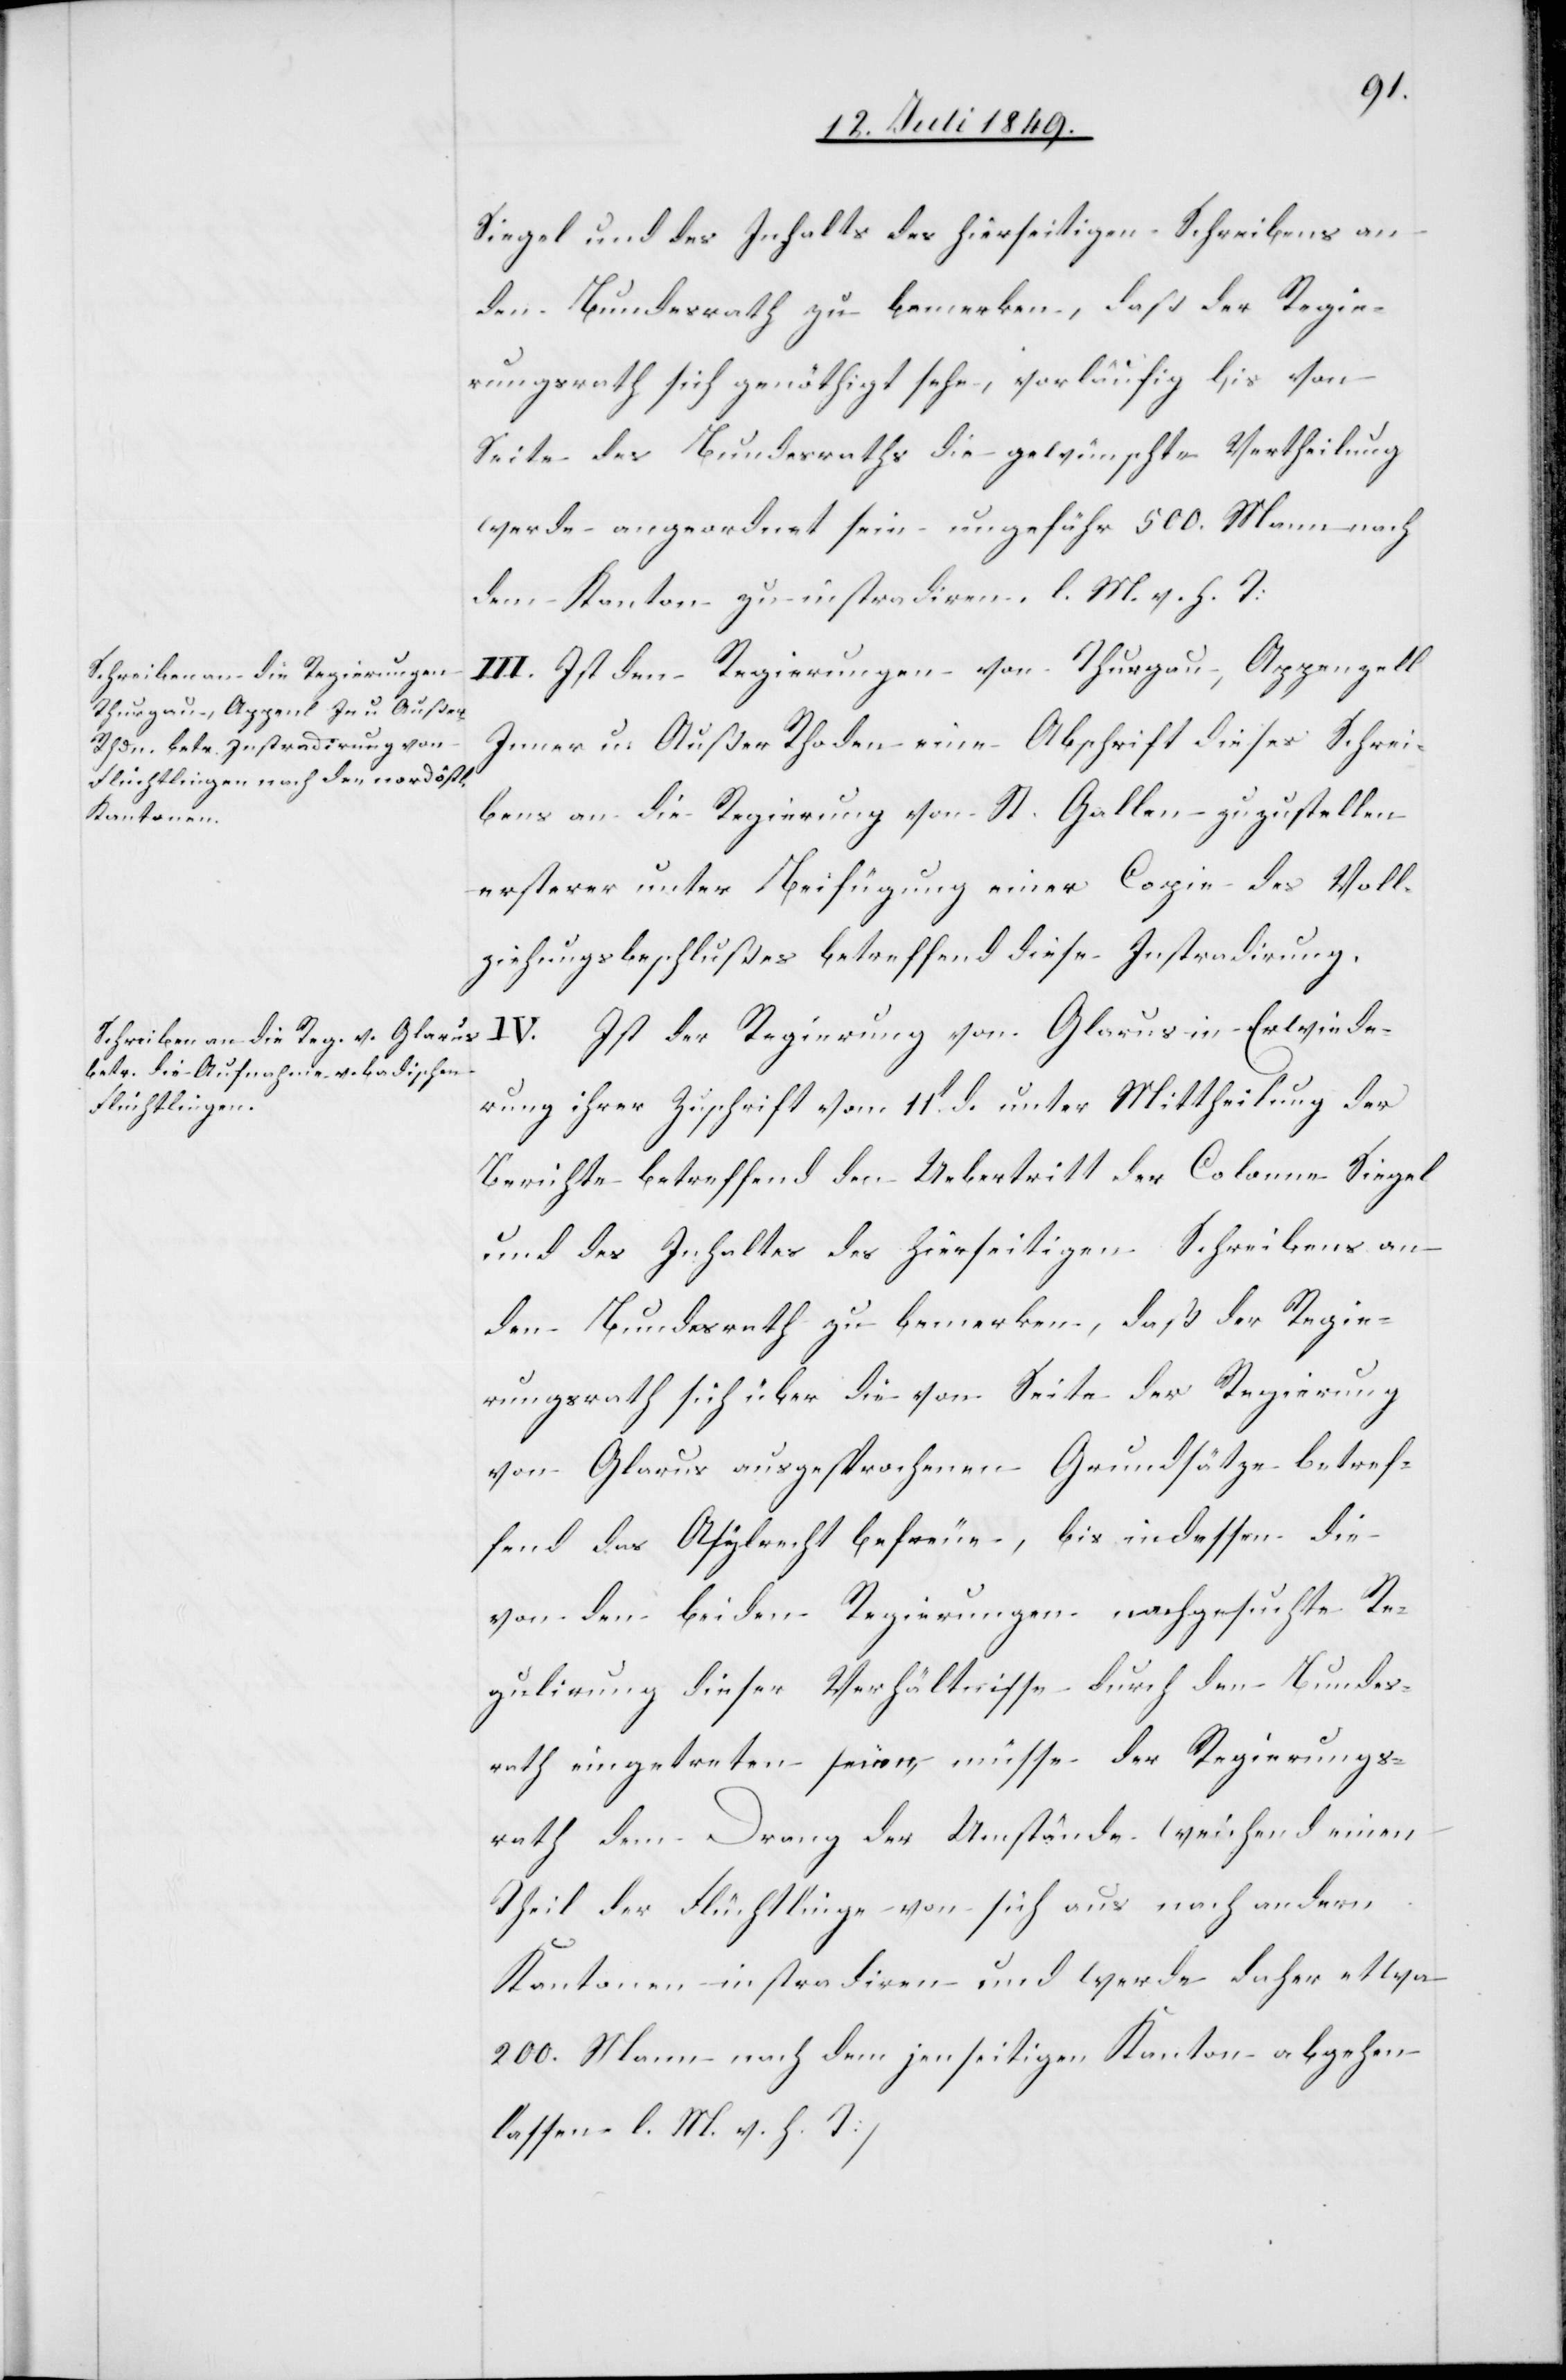
Siegel und des Inhalts des hierseitigen Schreibens an
den Bundesrath zu bemerken, daß der Regie¬
rungsrath sich genöthigt sehe, vorläufig bis von
Seite des Bundesraths die gewünschte Vertheilung
werde angeordnet sein ungefähr 500. Mann nach
dem Kanton zu instradiren. l. M. h. T:
III. Ist den Regierungen von Thurgau, Appenzell
Inner u. Außer Rhoden eine Abschrift dieses Schrei¬
bens an die Regierung von St. Gallen zuzustellen
ersterer unter Beifügung einer Copie des Voll¬
ziehungsbeschlußes betreffend diese Instradirung.
IV. Ist der Regierung von Glarus in Erwiede¬
rung ihrer Zuschrift vom 11t d. unter Mittheilung der
Berichte betreffend den Uebertritt der Colonne Siegel
und des Inhaltes des hierseitigen Schreibens an
den Bundesrath zu bemerken, daß der Regie¬
rungsrath sich über die von Seite der Regierung
von Glarus ausgesprochenen Grundsätze betref¬
fend das Asylrecht befreue, bis indessen die
von den beiden Regierungen nachgesuchte Re¬
gulirung dieser Verhältnisse durch den Bundes¬
rath eingetreten seien, müsse der Regierungs¬
rath dem Drang der Umstände weichend einen
Theil der Flüchtlinge von sich aus nach andern
Kantonen instradiren und werde daher etwa
200. Mann nach dem jenseitigen Kanton abgehen
lassen []l. M. h. T]